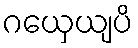
ဂယှေယျပိ